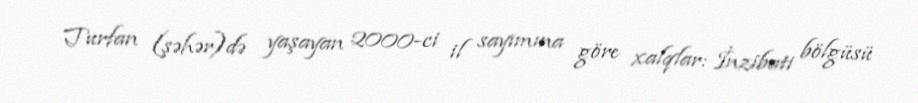
Turfan (şəhər)də yaşayan 2000-ci il sayımına göre xalqlar: İnzibati bölgüsü